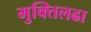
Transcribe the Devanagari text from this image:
मुक्तिलढा